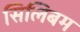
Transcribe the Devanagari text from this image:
सिलिबम